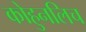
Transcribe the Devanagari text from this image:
कोहुनलिच